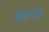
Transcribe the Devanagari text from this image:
बाॅडीगार्ड्स